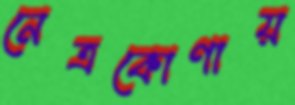
নেত্রকোণায়